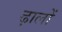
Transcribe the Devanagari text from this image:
ढ़ालों